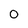
Character: 0